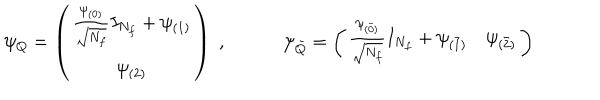
\psi _ { Q } = \left( \begin{array} { c } { { \frac { \psi _ { ( 0 ) } } { \sqrt { N _ { f } } } I _ { N _ { f } } + \psi _ { ( 1 ) } } } \\ { { \psi _ { ( 2 ) } } } \\ \end{array} \right) \; , \qquad \quad \psi _ { \bar { Q } } = \left( \begin{array} { c c } { { \frac { \psi _ { ( \bar { 0 } ) } } { \sqrt { N _ { f } } } I _ { N _ { f } } + \psi _ { ( \bar { 1 } ) } } } & { { \psi _ { ( \bar { 2 } ) } } } \\ \end{array} \right)